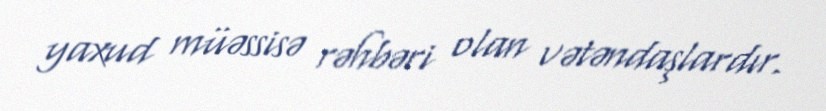
yaxud müəssisə rəhbəri olan vətəndaşlardır.